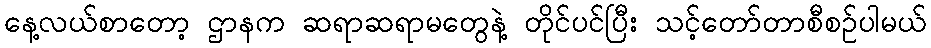
နေ့လယ်စာတော့ ဌာနက ဆရာဆရာမတွေနဲ့ တိုင်ပင်ပြီး သင့်တော်တာစီစဉ်ပါမယ်